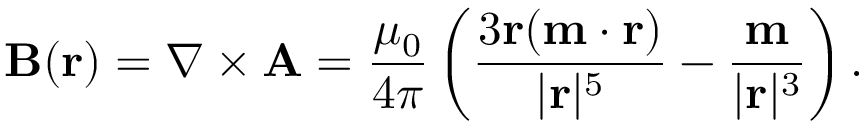
\mathbf { B } ( { \mathbf { r } } ) = \nabla \times { \mathbf { A } } = { \frac { \mu _ { 0 } } { 4 \pi } } \left( { \frac { 3 \mathbf { r } ( \mathbf { m } \cdot \mathbf { r } ) } { | \mathbf { r } | ^ { 5 } } } - { \frac { \mathbf { m } } { | \mathbf { r } | ^ { 3 } } } \right) .